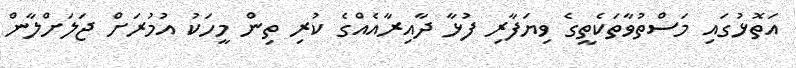
އަތޮޅުގައި މަސްތުވާތަކެތީގެ ވިޔަފާރި ފުޅާ ދާއިރާއެއްގެ ކުރި ތިން މީހަކު އުމުރަށް ޖަލަށްލާން